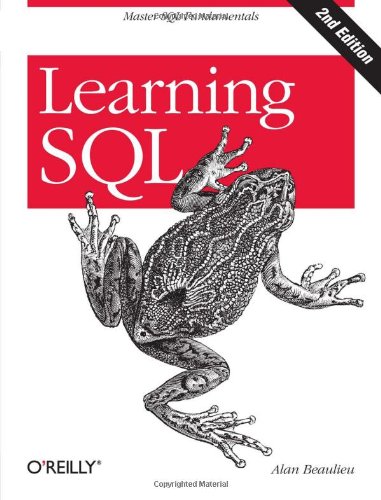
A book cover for Learning SQL; Alan Beaulieu; Computers & Technology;